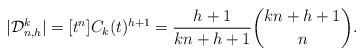
LaTeX: \begin{align*}\vert \mathcal{D}_{n,h}^k \vert = [t^n] C_k(t)^{h+1} = \frac{h+1}{kn+h+1} \binom{kn+h+1}{n}.\end{align*}